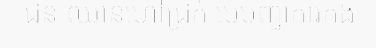
ជន ឈានហៅជ្រក់ មេបញ្ជាការកង